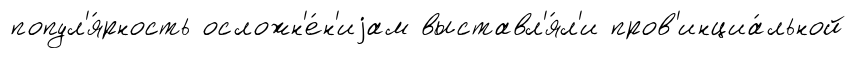
попул'я́рность осложн'е́н'иjам выставл'я́л'и пров'инциа́льной